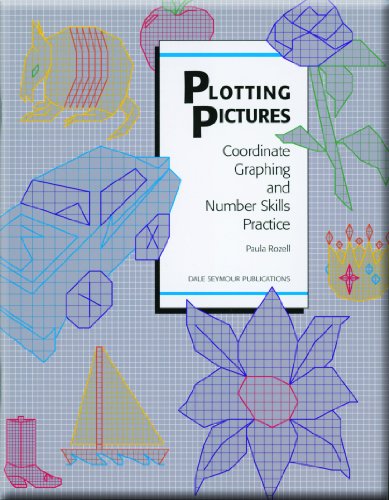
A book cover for Plotting Pictures: Coordinate Graphing and Number Skills Practice, Grades 5-10; Paula Rozell; Teen & Young Adult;